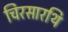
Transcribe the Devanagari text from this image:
चिरसारथि